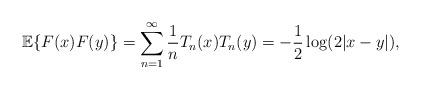
LaTeX: \begin{align*} \mathbb{E}\{F(x)F(y)\} = \sum_{n=1}^{\infty}\frac{1}{n}T_{n}(x)T_{n}(y) = -\frac{1}{2}\log(2|x-y|),\end{align*}